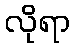
လိုရာ